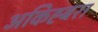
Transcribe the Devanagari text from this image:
अकिह्बरा